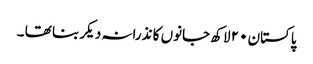
پاکستان ٢٠ لاکھ جانوں کا نذرانہ دیکر بنا تھا ۔